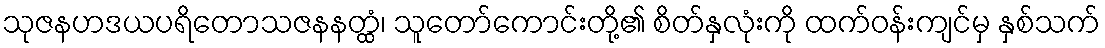
သုဇနဟဒယပရိတောသဇနနတ္ထံ၊ သူတော်ကောင်းတို့၏ စိတ်နှလုံးကို ထက်ဝန်းကျင်မှ နှစ်သက်